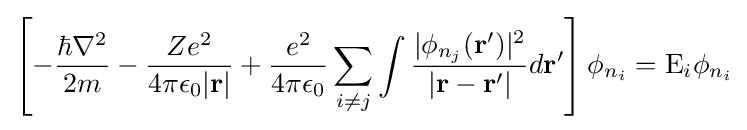
\left[-{\frac {\hbar \nabla ^{2}}{2m}}-{\frac {Ze^{2}}{4\pi \epsilon _{0}|\mathbf {r} |}}+{\frac {e^{2}}{4\pi \epsilon _{0}}}\sum _{i\neq j}\int {\frac {|\phi _{n_{j}}(\mathbf {r'} )|^{2}}{|\mathbf {r} -\mathbf {r'} |}}d\mathbf {r'} \right]\phi _{n_{i}}=\mathrm {E} _{i}\phi _{n_{i}}